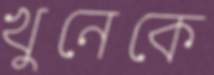
খুনেকে